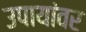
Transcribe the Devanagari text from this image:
उपायांवर